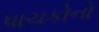
પાચકોનો